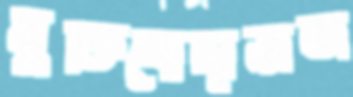
মুক্তিযোদ্ধাভাতা